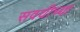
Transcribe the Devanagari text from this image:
सवयीच्या